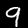
Label: 9